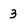
Character: 3